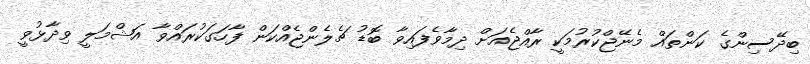
ބިދޭސިންގެ ކަންތައް މެނޭޖްކުރުމަކީ ރާއްޖެއަށް ދިމާވެފައިވާ ބޮޑު ޗެލެންޖެއްކަން ފާހަގަކުރައްވާ އަޝްމަލީ ވިދާޅުވީ